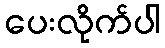
ပေးလိုက်ပါ